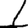
Digit: 1